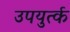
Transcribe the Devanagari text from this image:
उपयुर्त्क